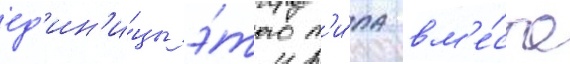
ед'ин'и́цы э́того т'и́па вм'е́сто